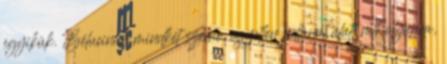
egyikük. Bélucinak mindkét szeme, egyetlen pillanat alatt nıtt olyanra,